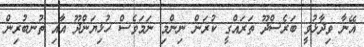
އޭނާ ވިދާޅުވީ ބަރެސްދޫ ތަރައްގީ ކުރަން ނިންމި ނަމަވެސް ހުޅިޔަންދޫ އާއި ތުނބުރިން